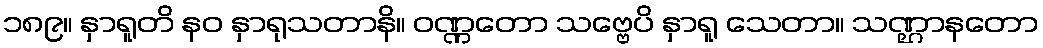
၁၈၉။ နှာရူတိ နဝ နှာရုသတာနိ။ ဝဏ္ဏတော သဗ္ဗေပိ နှာရူ သေတာ။ သဏ္ဌာနတော